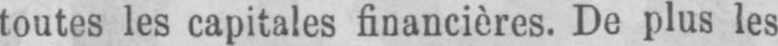
toutes les capitales financières. De plus les